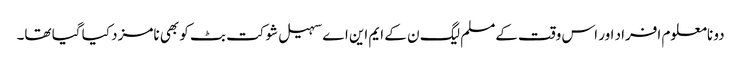
دو نامعلوم افراد اور اس وقت کےمسلم لیگ ن کے ایم این اے سہیل شوکت بٹ کو بھی نامزد کیا گیا تھا۔